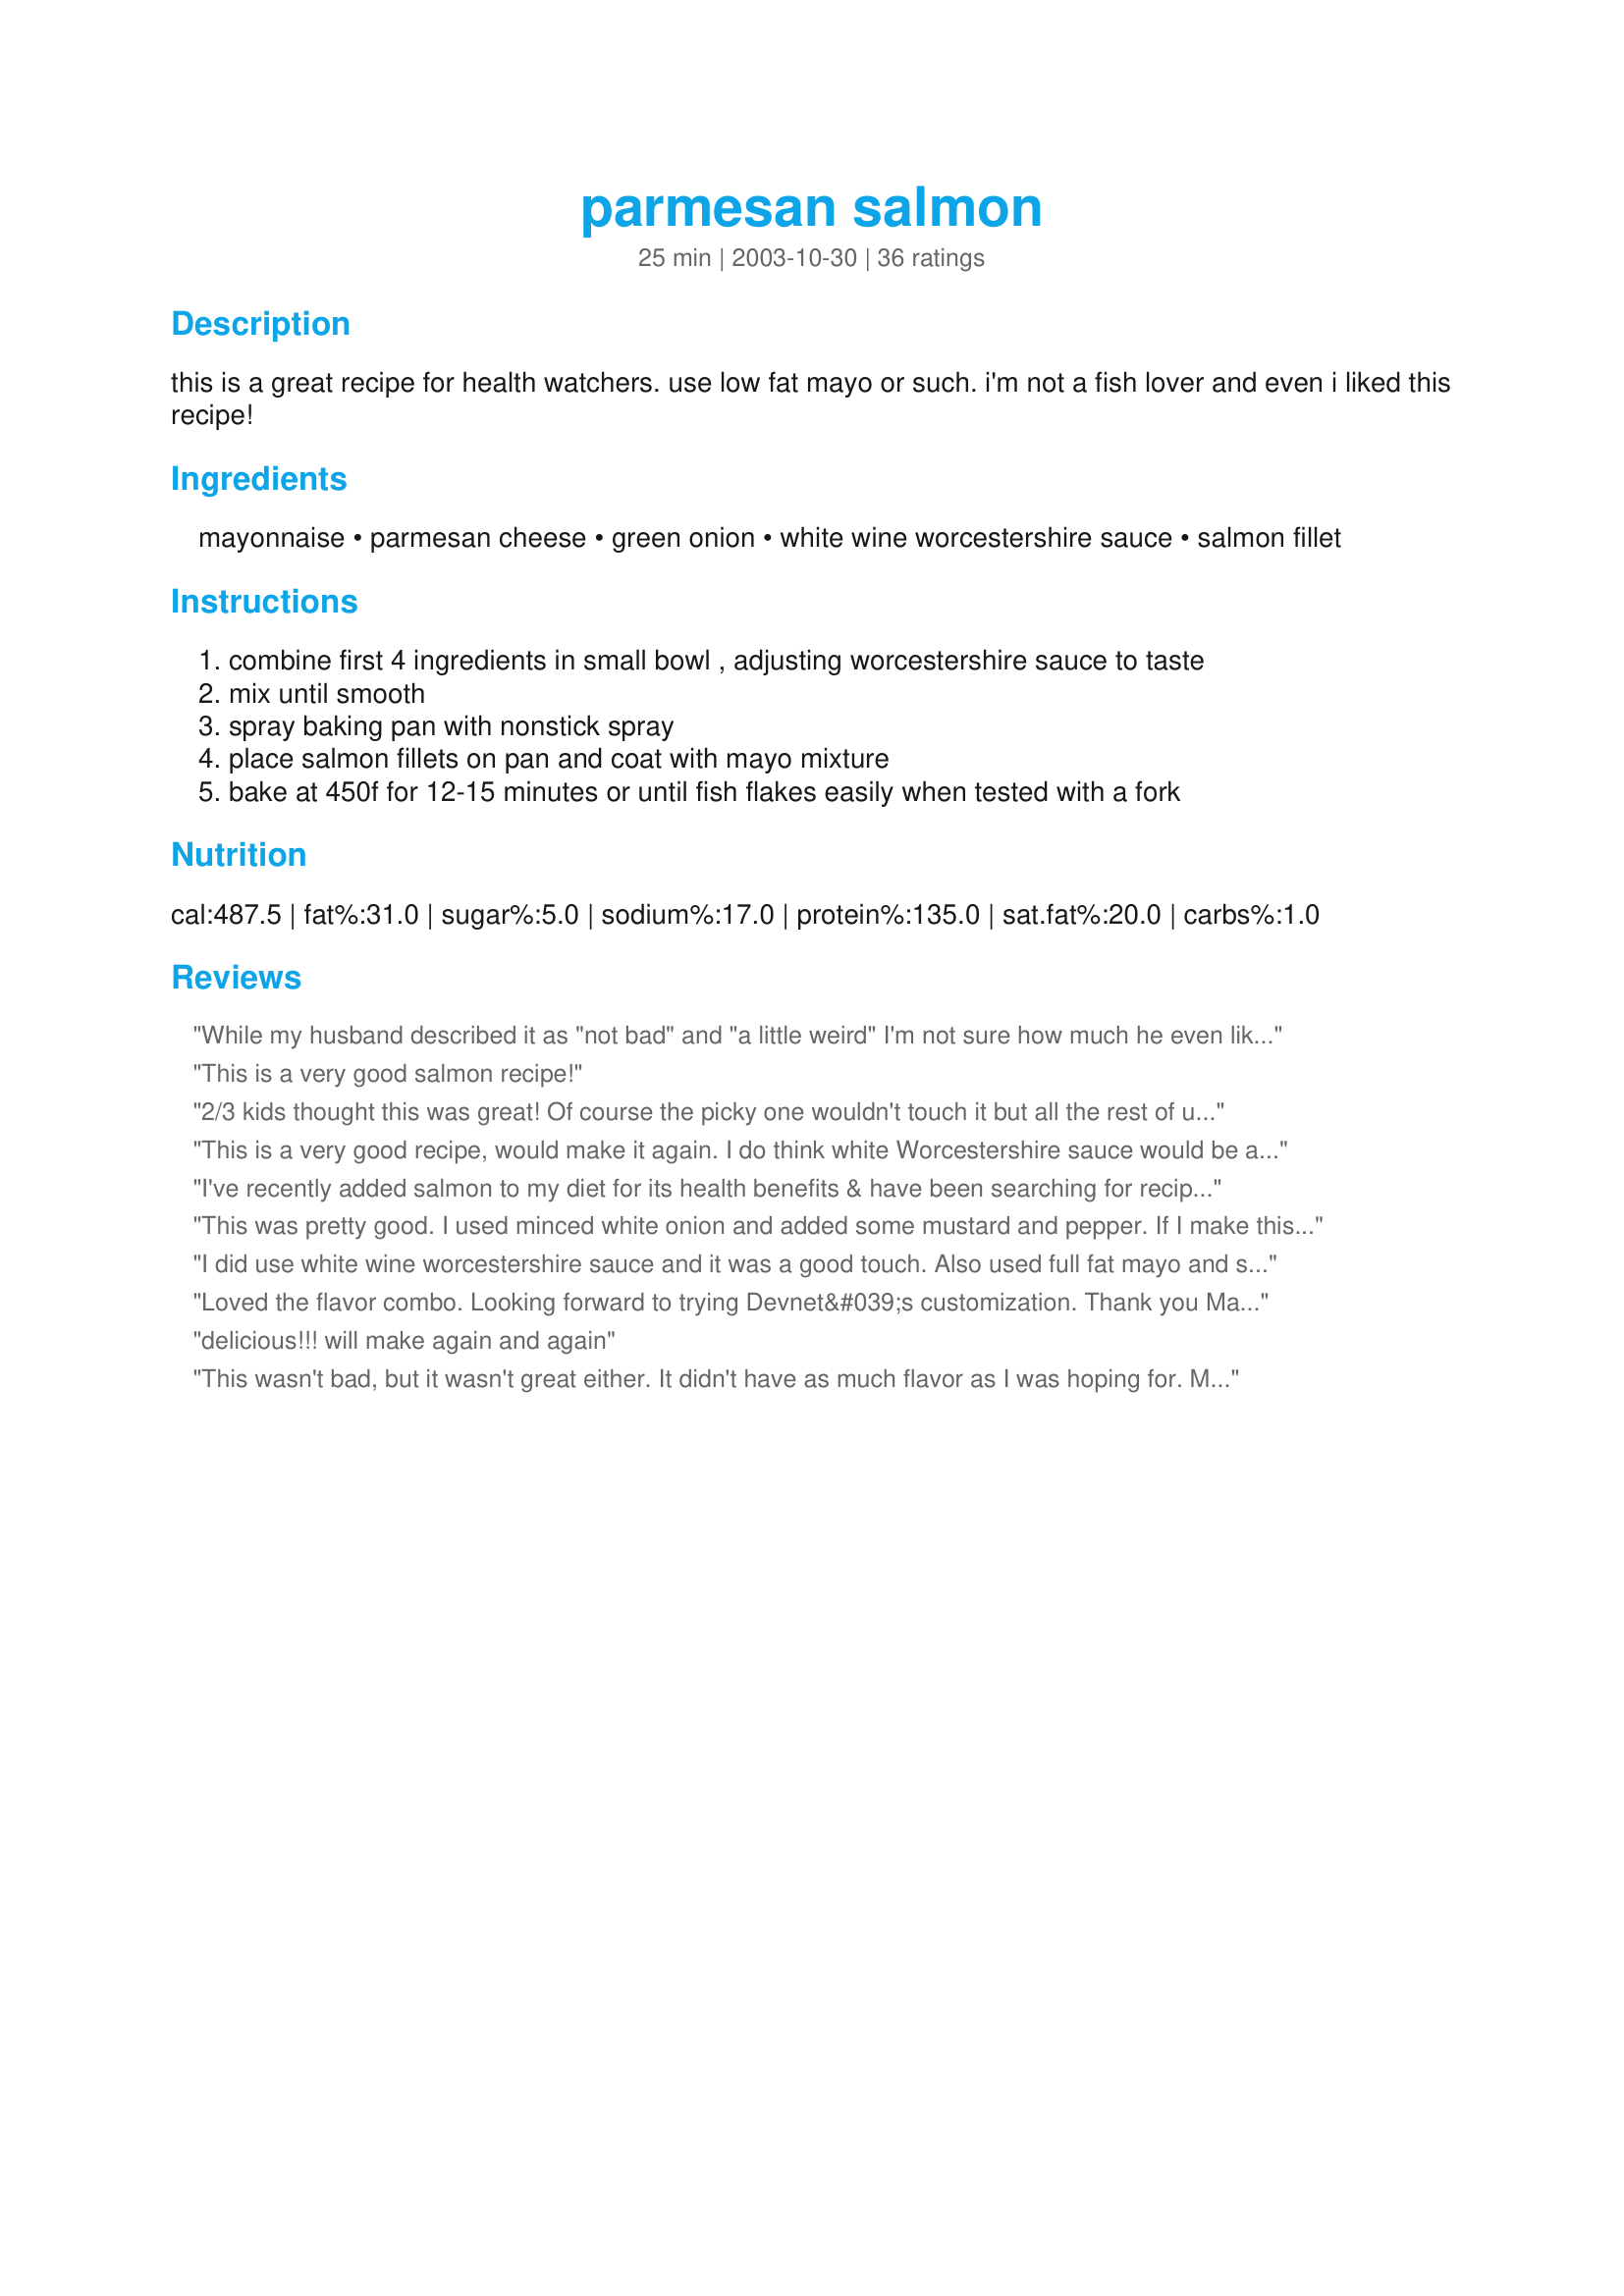
parmesan salmon
Preparation time: 25 minutes

this is a great recipe for health watchers. use low fat mayo or such. i'm not a fish lover and even i liked this recipe!

Ingredients:
mayonnaise, parmesan cheese, green onion, white wine worcestershire sauce, salmon fillet

Steps:
combine first 4 ingredients in small bowl , adjusting worcestershire sauce to taste
mix until smooth
spray baking pan with nonstick spray
place salmon fillets on pan and coat with mayo mixture
bake at 450f for 12-15 minutes or until fish flakes easily when tested with a fork

Reviews:
While my husband described it as "not bad" and "a little weird" I'm not sure how much he even likes salmon so I'm not counting it, haha. I loved this recipe - really tasty and easy to prepare, using things I usually have on hand! I'll definitely make this again, at least for me. =]
This is a very good salmon recipe!
2/3 kids thought this was great! Of course the picky one wouldn't touch it but all the rest of us loved it. I used Miracle Whip, red onion and left out the Wor. Sauce because of the gluten (can't get gf Wor sauce in Canada) and added a shot of tabasco sauce. Loved it!
This is a very good recipe, would make it again.
I do think white Worcestershire sauce would be a more appealing look.
I've recently added salmon to my diet for its health benefits & have been searching for recipes. This is delicious! I didn't have any green onion so I just skipped it. Used fat free mayo, 1/2 lb salmon fillet & 1 tsp white wine worch sauce. Baked up nice & flaky-and so quick, too! This will be a staple in my house. Thank you so much!
This was pretty good. I used minced white onion and added some mustard and pepper. If I make this again, I'll add more mustard for a tangier taste.
I did use white wine worcestershire sauce and it was a good touch. Also used full fat mayo and some finely chopped Vidalia onion. Just excellent! Thanks for sharing.
Loved the flavor combo. Looking forward to trying Devnet&#039;s customization. Thank you Mary the Great!
delicious!!! will make again and again
This wasn't bad, but it wasn't great either. It didn't have as much flavor as I was hoping for. Maybe it needed more sauce or something.
Absolutely fabulous. Everyone loved it at dinner. WOuld definitely make again and again....Thanks
This was pretty good. My filet was a little thin so I'm looking forward to using this recipe on a thicker piece of salmon. Loads of flavor. I used low fat mayo and low fat parmesan.
I have to revise my original reveiw and give this 5 stars b/c everybody that has eaten it just loves it! They even love it cold as leftovers! I use Miracle Whip instead of mayo and dried onions instead of green onions.Thanks for this keeper recipe!
This was excellent!!! We make salmon at least once a week, and were looking for a "diet friendly" variation for baked salmon. We used Hellman's "Just 2 good" mayonnaise, minced onion, white wine worcestershire sauce, and parmesan cheese. It was quick to prepare, and delicious!!! Thanks for a "keeper", Mary!!
so easy yet delicious. i used nonfat mayo, 1 tablespoon of worcestershire sauce and 2 green onions, but i still found it a bit bland.. i'll try adding some crushed chili peppers or tabasco next time. thanks for the keeper!
Excellent recipe, the blend of flavors is wonderful.
This was delicious!! Even though I did not use the green onions it turned out great. The only thing I would do differently when preparing next time...I would use half a tablespoon of mayonnaise, and perhaps another tablespoon of parmesan.
My husband said if he ate this at a restaurant he would be happy - I also liked it a lot. Very easy to make!! I used lite Mayo, regular Worchestershire sauce and I didn't have the green onions. After the salmon was done cooking I broiled it for a minute to get the top a little crispy.
I don't usually like salmon all that much but DH & DD love it. I decided to try something new and am so glad I did! I made exactly except I minced a regualr onion because I didn't have green onion. Mine was 1 1/2 lbs and quite thick in the middle so I left in for 20 mins. Thanks for posting!
This was a delicious, quick salmon recipe for me on chicken night. (I hate chicken) I have made it twice now and now look forward to chicken night. Thanks for sharing!
We couldn't decide between three or four stars for this one. If you are looking for a good salmon this is a recipe for you. If you want an amazing salmon recipe, this might not satisfy your need. However, it was extremely easy to put together and cooks quickly, so it makes a good week night meal.
A nice change to cooking salmon. I increased the mayo mixture quite a bit (quadrupled the mixture, but kept the salmon size the same) and used shallots instead of green onions (I didn't have any green onions on hand) and absolutely loved it. Thanks for the recipe!
This is extremely moist and flavorful salmon. Though salmon in not one of my favorite fish, not only did I have seconds, but my entire family loved the salmon cooked this way. Served with boiled parslied potatoes and broccoli, it made for a beautiful presentation.
Super easy, smelled great, and tasted pretty good!
This was very good. My husband loved it (wouldn't stay out of the kitchen once he could smell it cooking!) and even my 3 year old loved it and asked for more fish, please!

I didn't have green onion or Worcestershire, but I subbed some chopped garlic, and added a little dill. Yum!
This was good.
Tasty! I had 4 fillets (about 1 lb.) so I quadrupled the sauce. After coating the salmon on both sides, I spooned the excess on top. Delicious and company-worthy!
This was delicious and the best way that I've cooked salmon. I used nonfat mayo and didn't have the green onions. I estimated the ingredients and it still came out great? I'll try this on the tilapia next time. 

Thank you for this recipe!
My parents have been coming over every Sunday now with a big slab of salmon filet. I made this recipe and it was easy and delicious! There was hardly anything left and I have 8 filets for 4 people!!!
I didn't care for this. I don't like mayonnaise, but sometimes it's okay in things like tuna salad. But in this recipe all I could taste was mayonnaise on salmon, so needless to say that wasn't appealing to someone who doesn't like mayonnaise! But the salmon itself was good!
THE BEST salmon ever!!! I cooked 1lb piece at 350 degrees for 20 min. I used minced onion instead and added a little lemon juice. Delish!! So juicy it melts in your mouth!
This was wonderful! I've never really made fish before and I'm glad i found this recipe! I'm not a fish lover either, but this was just so tasty. This is a keeper! I served this with Garlic Green Beans #43390.
This should have 10 stars for ease and taste. I added 1/8 tsp garlic powder and used regular W sauce as that was what was in the pantry. DH fell in love and said he didn&#039;t want the maple baked slamon anymore and that this was much better! I tend to agree. Thanks for a simple, healthy recipe.
This was a very flavorful salmon dish & it couldn't have been easier. When rain dampened my BBQ plans, I needed a recipe that I could get on the table quickly & this surely fit the bill. My fillets were quite thick & 15 minutes cooked them to perfection. I used low fat mayo & omitted the green onions for personal preference. I served the salmon with a green salad & dinner rolls. Thanks, Mary! -- posted Jan 17, 2005


Great combination of flavors! I'm not much of a salmon lover, but I really liked this dish. I would definitely make this again. Oh... super easy and FAST to make, too!!
I loved this, I used lite mayo and regular Worcestershire sauce, salmon was moist and the flavours were wonderful, thanks for sharing.
